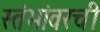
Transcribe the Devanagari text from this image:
स्तंभांवरची